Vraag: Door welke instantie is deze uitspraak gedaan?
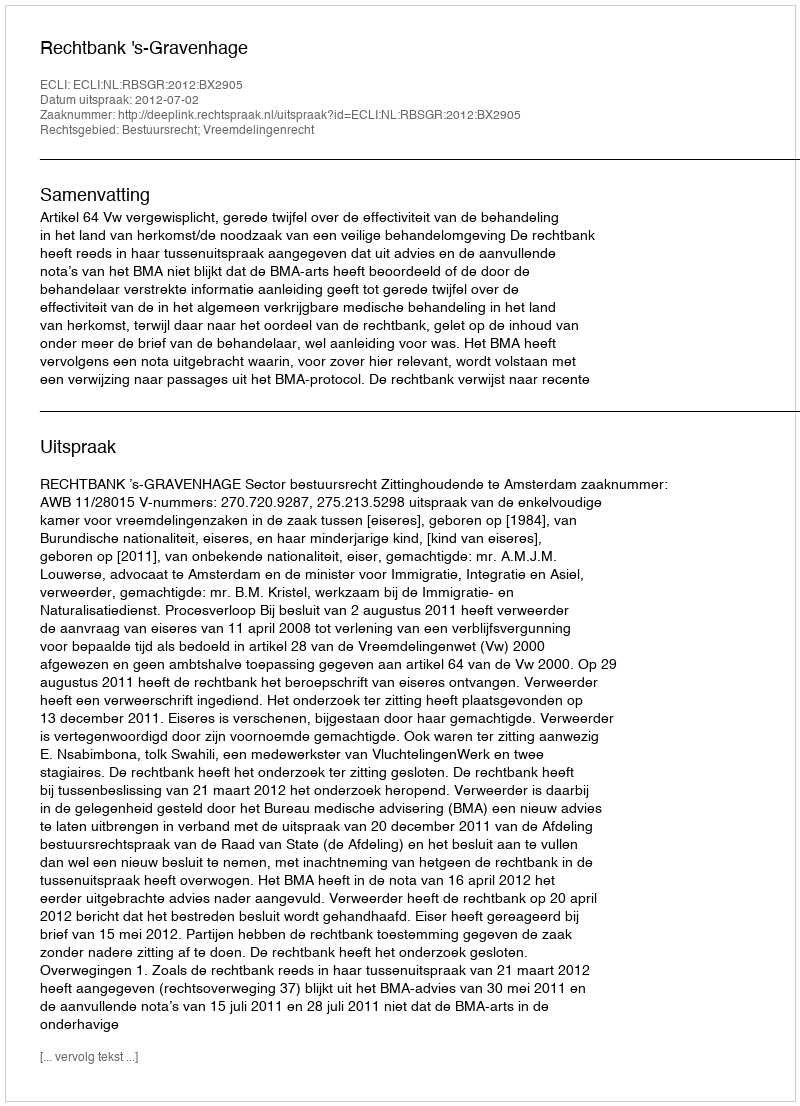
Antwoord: Rechtbank 's-Gravenhage